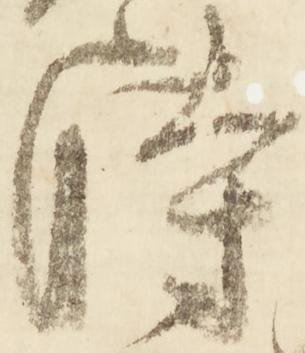
時